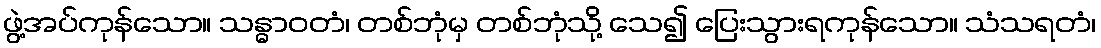
ဖွဲ့အပ်ကုန်သော။ သန္ဓာဝတံ၊ တစ်ဘုံမှ တစ်ဘုံသို့ သေ၍ ပြေးသွားရကုန်သော။ သံသရတံ၊